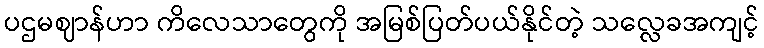
ပဌမဈာန်ဟာ ကိလေသာတွေကို အမြစ်ပြတ်ပယ်နိုင်တဲ့ သလ္လေခအကျင့်